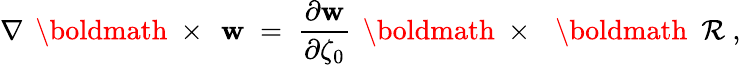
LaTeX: \nabla\, \mathrm{~\boldmath~\times~}\, {\mathbf w}\; =\; \frac{\partial\mathbf w}{\partial\zeta_{0}}\, \mathrm{~\boldmath~\times~}\, \mathrm{~\boldmath~\cal~R~},